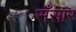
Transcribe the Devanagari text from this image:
सँसार